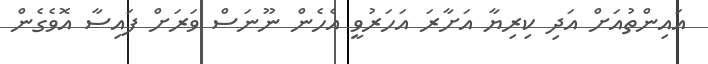
އައިންތުއަށް އަދި ކިރިޔާ އަށާރަ އަހަރުވީ އެހެން ނޫނަސް ވަރަށް ފައިސާ އޮވެގެން